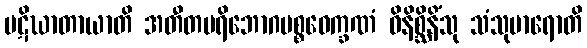
ပဋိဃာတာယာတိ အတီတပရိဘောဂပစ္စဝေက္ခဏံ ဝိနိစ္ဆိနိံသု သံသုမာရောတိ